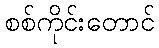
စစ်ကိုင်းတောင်